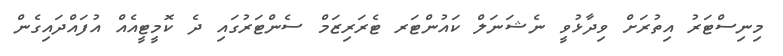
މިނިސްޓަރު އިތުރަށް ވިދާޅުވީ ނެޝަނަލް ކައުންޓަރ ޓެރަރިޒަމް ސެންޓަރުގައި ދެ ކޮމީޓީއެއް އުފައްދައިގެން